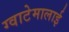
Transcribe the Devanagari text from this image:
ग्वाटेमालाई